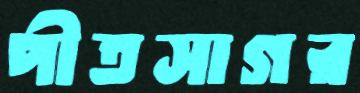
পীতসাগর